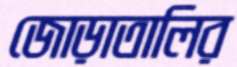
জোড়াতালির